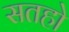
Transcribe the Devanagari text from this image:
सतहो